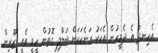
އެހިނދު އެ ދެމީހުން އެކަކު އަނެކަކަށް ބަލާލި ގޮތުން ހީވީ އެއީ ޒޫރިން